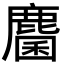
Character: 麕